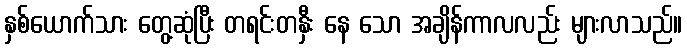
နှစ်ယောက်သား တွေ့ဆုံပြီး တရင်းတနှီး နေ သော အချိန်ကာလလည်း များလာသည်။